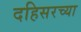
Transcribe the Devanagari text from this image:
दहिसरच्या